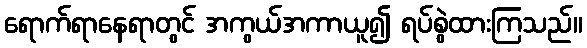
ရောက်ရာနေရာတွင် အကွယ်အကာယူ၍ ရပ်စွဲထားကြသည်။